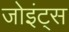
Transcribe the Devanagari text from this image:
जोइंट्स